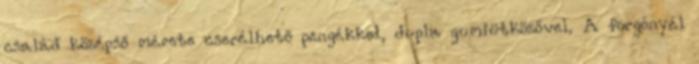
család középső mérete cserélhető pengékkel, dupla gumiütközővel. A forgónyél